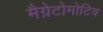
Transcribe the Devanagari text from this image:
मैग्नेटोमोटिव